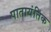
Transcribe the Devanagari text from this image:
पातायंतिक